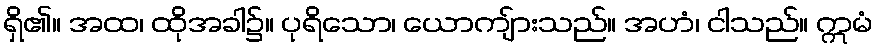
ရှိ၏။ အထ၊ ထိုအခါ၌။ ပုရိသော၊ ယောကျ်ားသည်။ အဟံ၊ ငါသည်။ ဣမံ